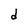
Character: d